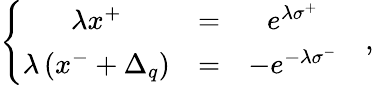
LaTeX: \left\{ \begin{array}{ccc}{{\lambda x^{+}}}&{{=}}&{{e^{\lambda\sigma^{+}}}}\\ {{\lambda\left(x^{-}+\Delta_{q}\right)}}&{{=}}&{{-e^{-\lambda\sigma^{-}}}}\end{array}\ \ \ \ ,\right.